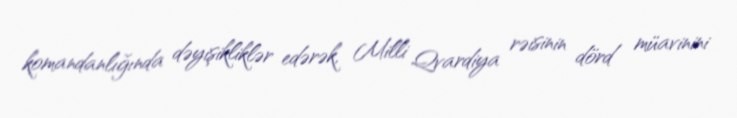
komandanlığında dəyişikliklər edərək, Milli Qvardiya rəisinin dörd müavinini